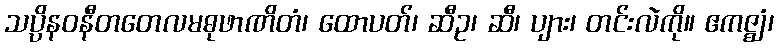
သပ္ပိနဝနီတတေလမဓုဖာဏိတံ၊ ထောပတ်၊ ဆီဥ၊ ဆီ၊ ပျား၊ တင်းလဲကို။ ဧကဇ္ဈံ၊